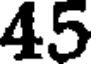
45